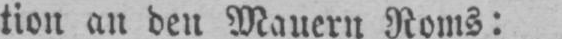
tion an den Mauern Roms: